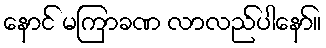
နောင် မကြာခဏ လာလည်ပါနော်။